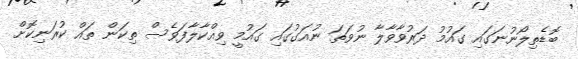
ބޮޑެތިލޯނުނަގައި ގައުމު ދަރުވާވާލާ ނުވަތަ ނުއަގުގައި ގައުމީ ވިއްކާލާފަވެސް ތިކަން ތައް ކުރަނިކޮށް